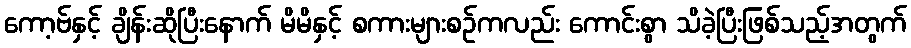
ကော့ဗ်နှင့် ချိန်းဆိုပြီးနောက် မိမိနှင့် စကားများစဉ်ကလည်း ကောင်းစွာ သိခဲ့ပြီးဖြစ်သည့်အတွက်